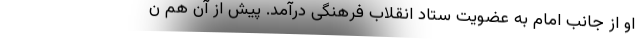
او از جانب امام به عضویت ستاد انقلاب فرهنگی درآمد. پیش از آن هم ن